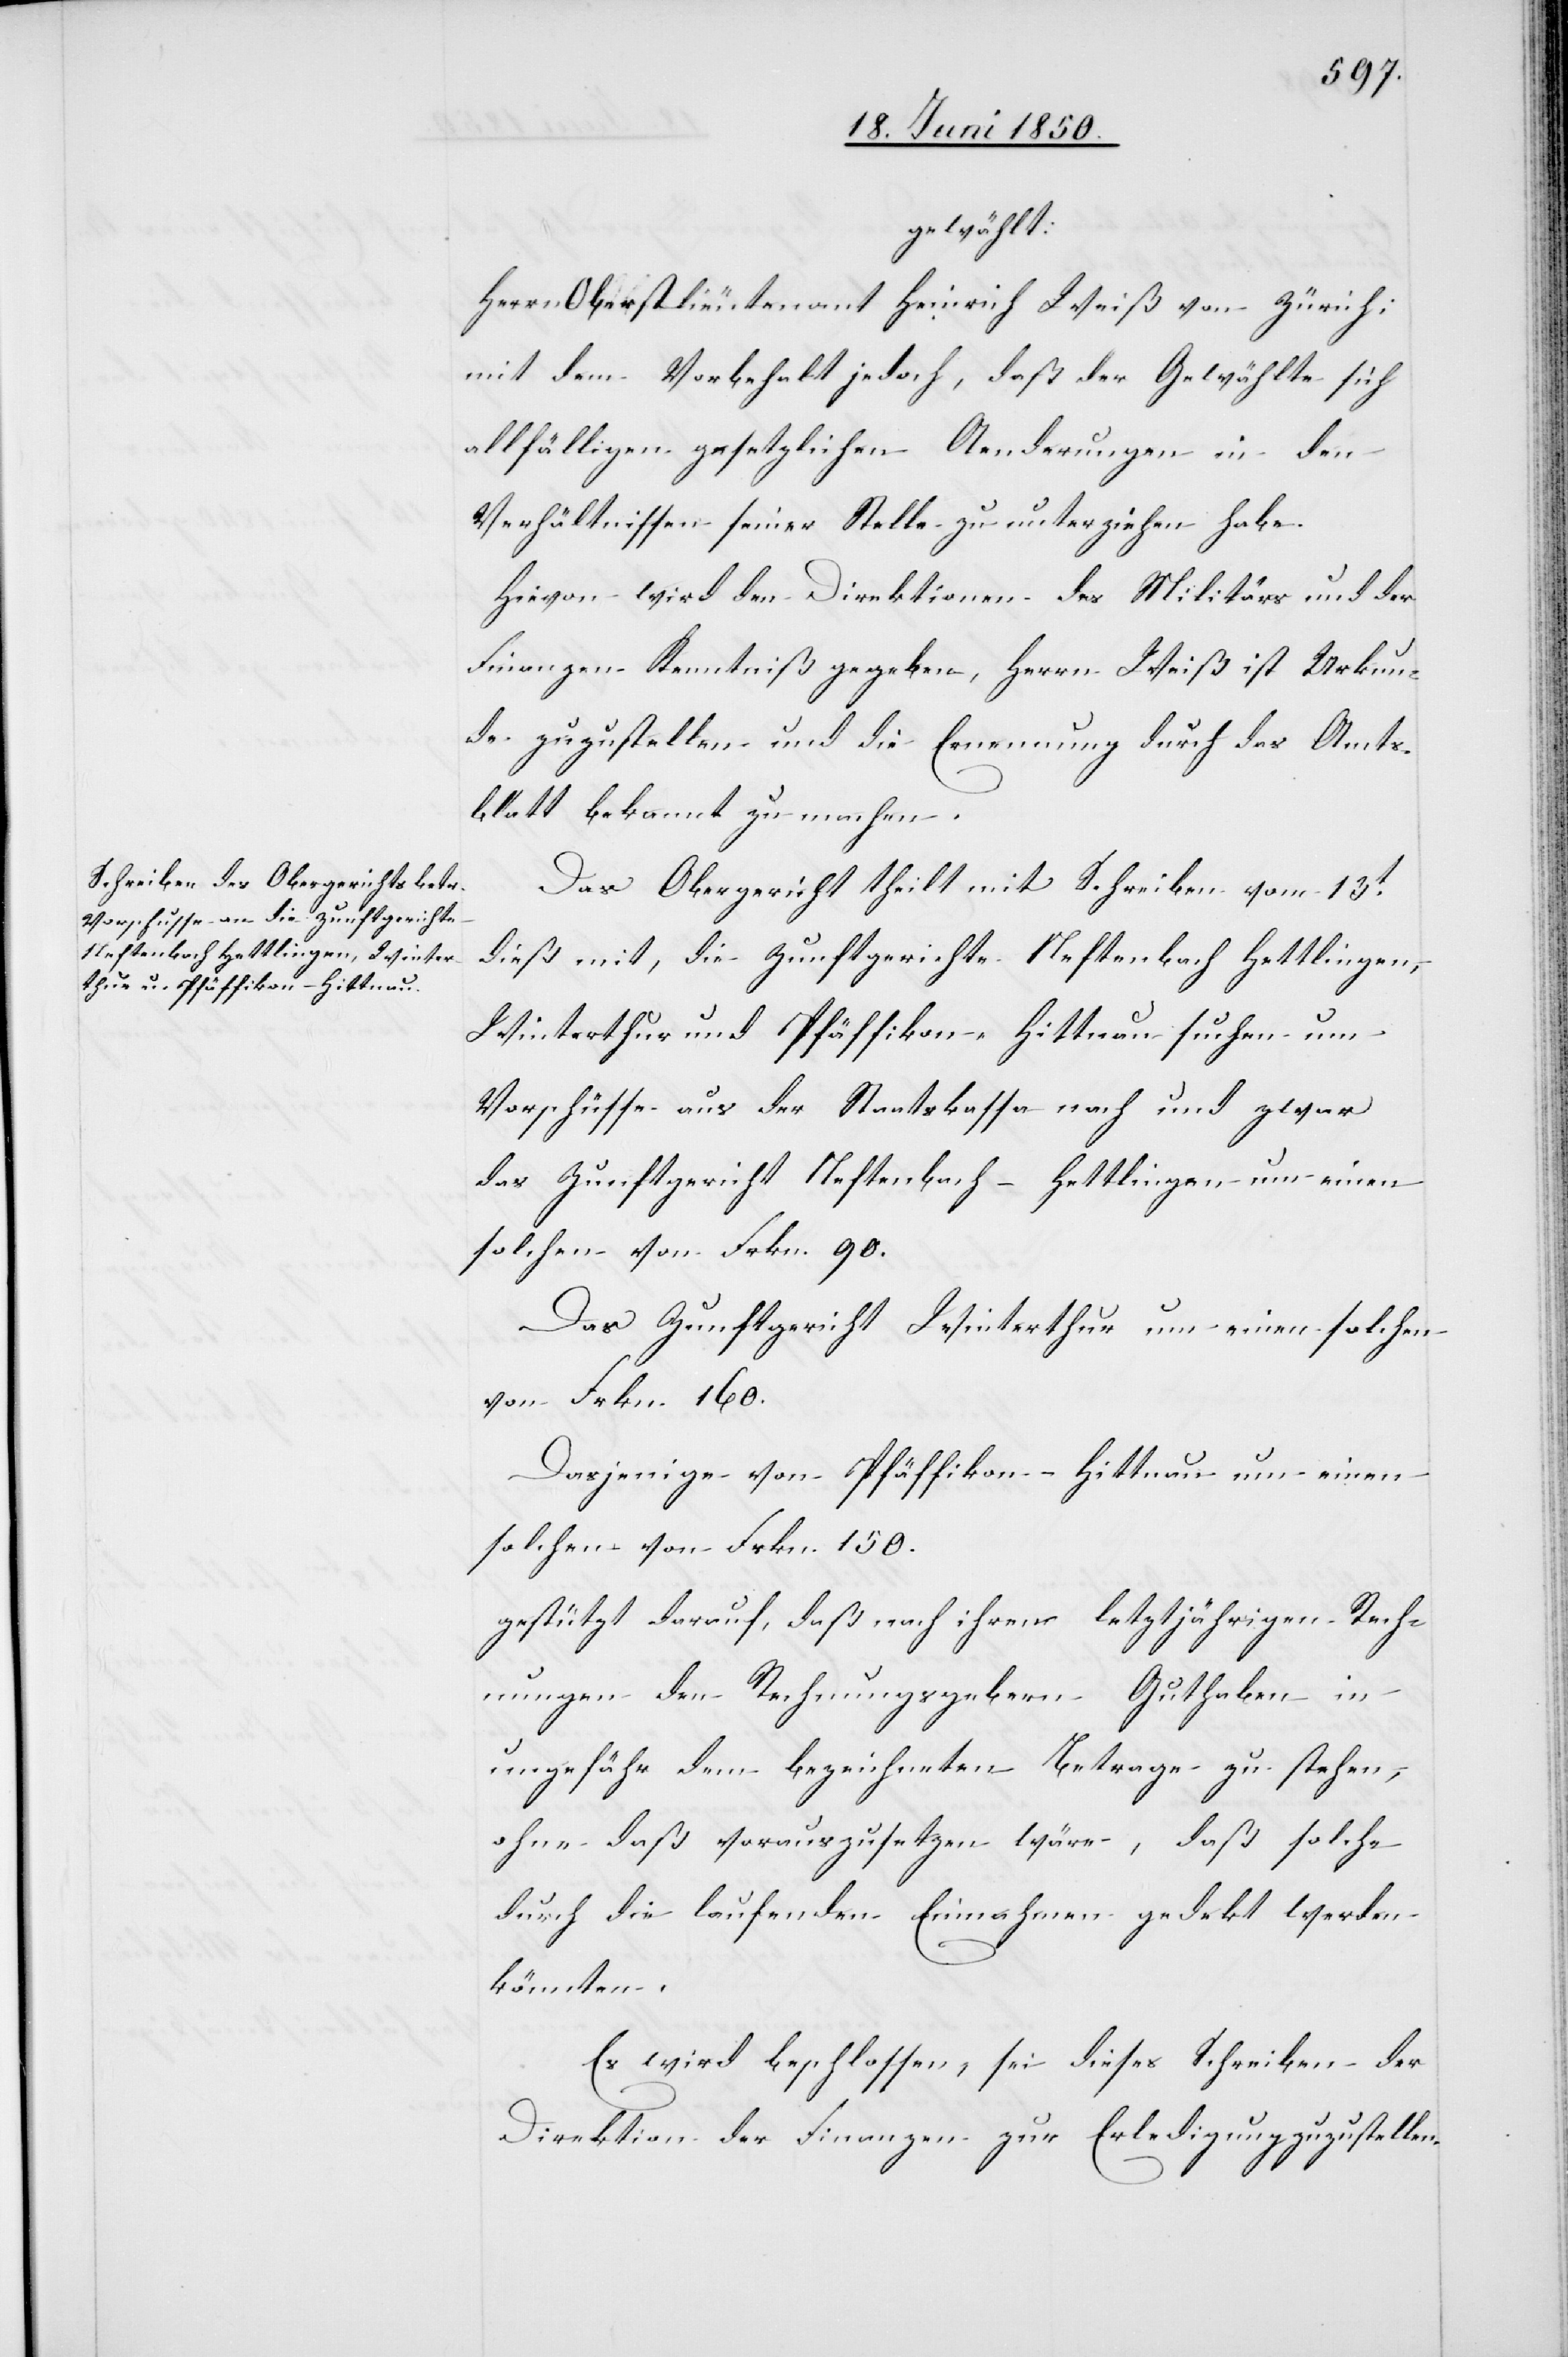
gewählt:
Herrn Oberstlieutenant Heinrich Weiß von Zürich;
mit dem Vorbehalt jedoch, daß der Gewählte sich
allfälligen gesetzlichen Aenderungen in den
Verhältnissen seiner Stelle zu unterziehen habe.
Hievon wird den Direktionen des Militärs und der
Finanzen Kenntniß gegeben, Herrn Weiß ist Urkun¬
de zuzustellen und die Ernennung durch das Amts¬
blatt bekannt zu machen.
Das Obergericht theilt mit Schreiben vom 13t
dieß mit, die Zunftgerichte Neftenbach Hettlingen,
Winterthur und Pfäffikon-Hittnau suchen um
Vorschüsse aus der Staatskassa nach und zwar
das Zunftgericht Neftenbach-Hettlingen um einen
solchen von Frkn. 90.
Das Zunftgericht Winterthur um einen solchen
von Frkn. 160.
Dasjenige von Pfäffikon-Hittnau um einen
solchen von Frkn. 150.
gestützt darauf, daß nach ihren letztjährigen Rech¬
nungen den Rechnungsgebern Guthaben in
ungefähr dem bezeichneten Betrage zustehen,
ohne daß vorauszusetzen wäre, daß solche
durch die laufenden Einnahmen gedekt werden
könnten.
Es wird beschlossen, sei dieses Schreiben der
Direktion der Finanzen zur Erledigung zuzustellen.